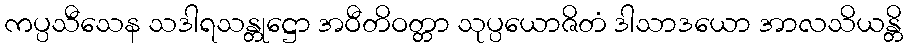
ကပ္ပသီသေန သဒါရသန္တုဋ္ဌော အဝီတိဝတ္တာ သုပ္ပယောဇိတံ ဒါသာဒယော အာလသိယန္တိ